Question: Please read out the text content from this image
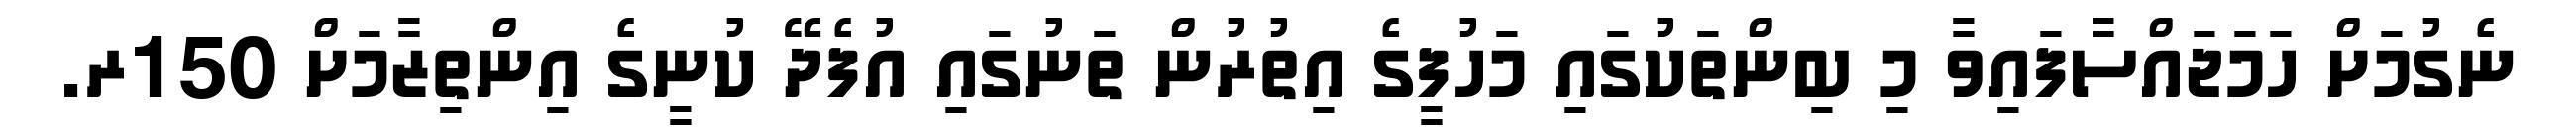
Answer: ނެގުމަށް ހަމަޖައްސާފައިވާ މި ބިންތަކުގައި މަހުފީގެ އިތުރުން ތަނުގައި އުފެދޭ ކުނީގެ އިންތިޒާމަށް 150ރ.